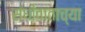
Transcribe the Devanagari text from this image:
संधीवाताच्या